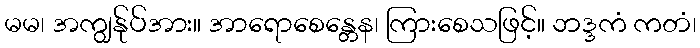
မမ၊ အကျွန်ုပ်အား။ အာရောစေန္တေန၊ ကြားစေသဖြင့်။ ဘဒ္ဒကံ ကတံ၊